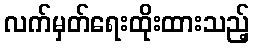
လက်မှတ်ရေးထိုးထားသည့်